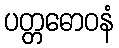
ပတ္တဓောဝနံ